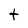
Character: t